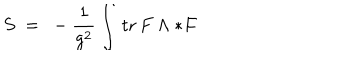
LaTeX: S \ = \ - \frac { 1 } { g ^ { 2 } } \int \! \; \textrm { t r } \, F \wedge * F